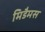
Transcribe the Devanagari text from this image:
मिडैमस